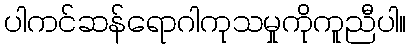
ပါကင်ဆန်ရောဂါကုသမှုကိုကူညီပါ။